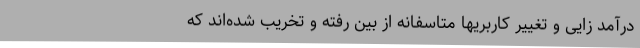
درآمد زایی و تغییر کاربریها متاسفانه از بین رفته و تخریب شده‌اند که